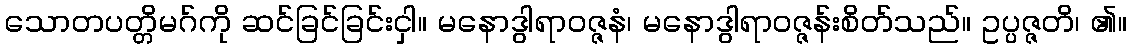
သောတပတ္တိမဂ်ကို ဆင်ခြင်ခြင်းငှါ။ မနောဒွါရာဝဇ္ဇနံ၊ မနောဒွါရာဝဇ္ဇန်းစိတ်သည်။ ဥပ္ပဇ္ဇတိ၊ ၏။